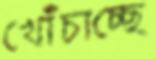
খোঁচাচ্ছে